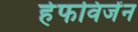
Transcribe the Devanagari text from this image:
हेफविजेंन